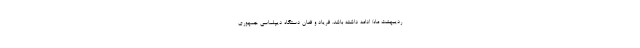
ردیبهشت ماه/ ادامه داشته ‌باشد. فریاد و فغان دستگاه دیپلماسی جمهوری